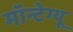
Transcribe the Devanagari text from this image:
मॉन्टेग्यू